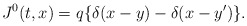
\begin{align*}J^0 (t,x)= q \{ \delta(x-y)-\delta(x-y^{\prime}) \}.\end{align*}